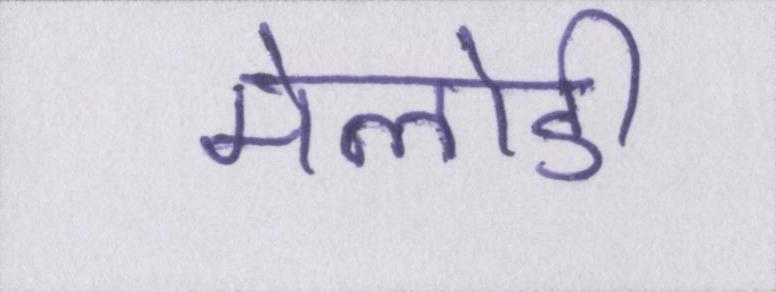
मेलोडी